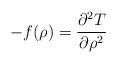
LaTeX: \begin{align*}-f(\rho)=\frac{\partial^2T}{\partial \rho^2}\end{align*}